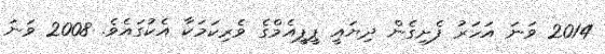
2014 ވަނަ އަހަރު ފެށިގެން ދިޔައީ ޕީޕީއެމްގެ ވެރިކަމަކާ އެކުގައެވެ. 2008 ވަނަ